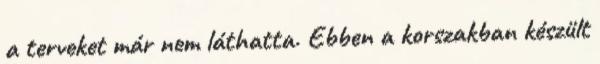
a terveket már nem láthatta. Ebben a korszakban készült